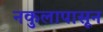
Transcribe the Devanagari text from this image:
नकुलापासून